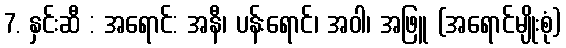
7. နှင်းဆီ : အရောင်: အနီ၊ ပန်းရောင်၊ အဝါ၊ အဖြူ (အရောင်မျိုးစုံ)